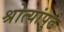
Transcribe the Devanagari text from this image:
श्रोत्यांपुढे